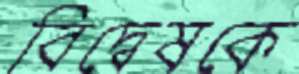
বিদ্বেষকে